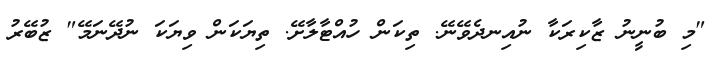
"މި ބުނީނު ޒާކިރަކާ ނުއިނދެވޭނޭ. ތިކަން ހުއްޓާލާށޭ. ތިޔަކަން ވިޔަކަ ނުދޭނަމޭ" ޒުބޭރު